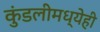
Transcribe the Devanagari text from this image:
कुंडलीमध्येही